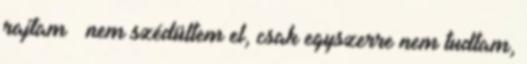
rajtam – nem szédültem el, csak egyszerre nem tud­tam,